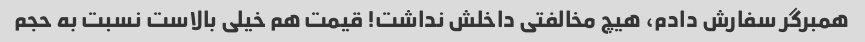
همبرگر سفارش دادم، هیچ مخالفتی داخلش نداشت! قیمت هم خیلی بالاست نسبت به حجم